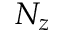
N _ { z }